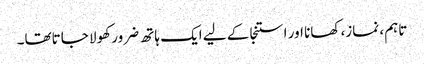
تاہم، نماز، کھانا اور استنجا کے لیے ایک ہاتھ ضرور کھولا جاتاتھا۔